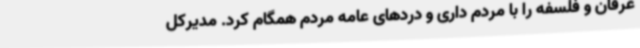
عرفان و فلسفه را با مردم داری و دردهای عامه مردم همگام کرد. مدیرکل